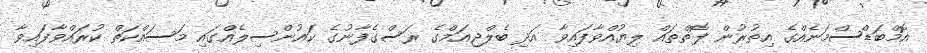
އޮމްބަޑްސްމަނެއްގެ އިތުރުން ފޮތްތައް ލިޔުއްވާފައިވާ އަދި ބެލްޖިއަމްގެ ރަސްގެފާނުގެ ކައުންސިލެއްގައި މަސައްކަތް ކުރައްވާފައިވާ